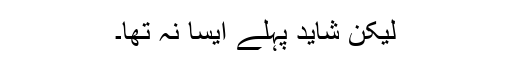
لیکن شاید پہلے ایسا نہ تھا۔